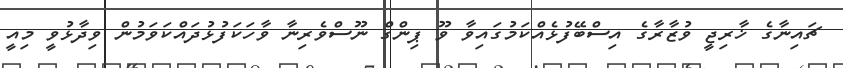
ޗައިނާގެ ޚާރިޖީ ވުޒާރާގެ އިސްބޭފުޅެއްކަމުގައިވާ ވޫ ޕިންގް ނޫސްވެރިނާ ވާހަކަފުޅުދައްކަވަމުން ވިދާޅުވީ މިއީ